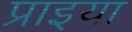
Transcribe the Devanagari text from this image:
प्राइया